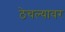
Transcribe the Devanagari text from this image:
ठेचल्यावर